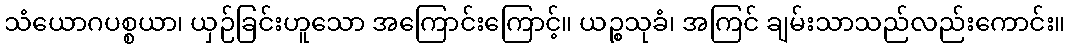
သံယောဂပစ္စယာ၊ ယှဉ်ခြင်းဟူသော အကြောင်းကြောင့်။ ယဉ္စသုခံ၊ အကြင် ချမ်းသာသည်လည်းကောင်း။